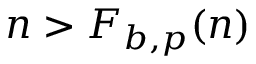
n > F _ { b , p } ( n )